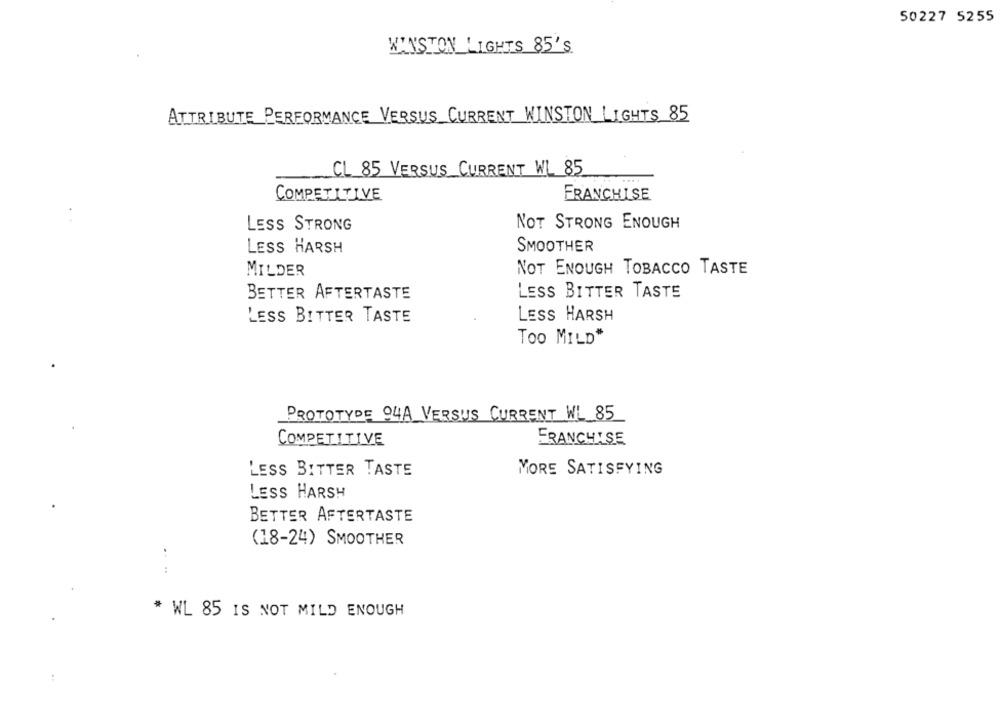
50227 5255
WINSTON LIGHTS 85'S
ATTRIBUTE PERFORMANCE VERSUS CURRENT WINSTON LIGHTS 85
CL 85 VERSUS CURRENT WL 85
FRANCHISE
COMPETITIVE
LESS STRONG
NOT STRONG ENOUGH
LESS HARSH
SMOOTHER
MILDER
NOT ENOUGH TOBACCO TASTE
BETTER AFTERTASTE
LESS BITTER TASTE
LESS BITTER TASTE
LESS HARSH
TOO MILD"
PROTOTYDE 94A VERSUS CURRENT WL 85
COMPETITIVE
FRANCHISE
LESS BITTER TASTE
MORE SATISFYING
LESS HARSH
BETTER AFTERTASTE
(18-24) SMOOTHER
:
:
* WL 85 IS NOT MILD ENOUGH